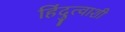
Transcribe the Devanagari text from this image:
हिंदुत्वाशी